Indian journal of veterinary science and animal husbandry - Volumes 15-17, 1948-1951
Year: 1948
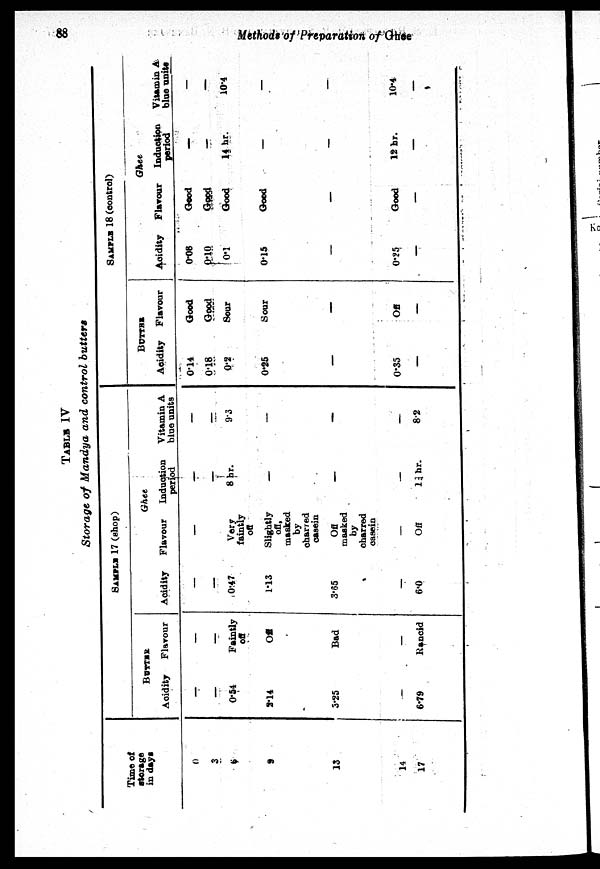
88
Methods
of Preparation of Ghee
TABLE IV
Storage of Mandya and control butters
Time of
storage
in days
0
3
6
9
13
14
17
SAMPLE 17 (shop)
BUTTER
Acidity
—
—
0.54
2.14
3.25
—
6.79
Flavour
—
—
Faintly
off
Off
Bad
—
Rancid
Acidity
—
—
0.47
1.13
3.65
—
6.0
Flavour
—
Very
faintly
off
Slightly
off,
masked
by
charred
casein
Off
masked
by
charred
casein
—
Off
Ghee
Induction
period
—
—
8 hr.
—
—
—
13 hr.
Vitamin A
blue units
—
—
9.3
—
—
—
8.2
SAMPLE 18 (control)
BUTTER
Acidity
0.14
0.18
0.2
0.25
—
0.35
—
Flavour
Good
Good
Sour
Sour
—
Off
—
Ghee
Acidity
0.08
0.10
0.1
0.15
0.25
—
Flavour
Good
Good
Good
Good
—
Good
—
Induction
period
—
—
14 hr.
—
—
12 hr.
—
Vitamin A
blue unite
—
—
10.4
—
—
10.4
—